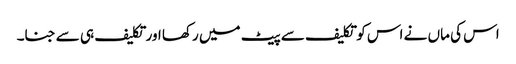
اس کی ماں نے اس کو تکلیف سے پیٹ میں رکھا اور تکلیف ہی سے جنا۔